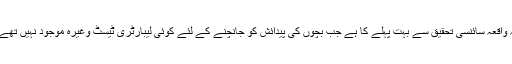
یہ واقعہ سائنسی تحقیق سے بہت پہلے کا ہے جب بچوں کی پیدائش کو جانچنے کے لئے کوئی لیبارٹری ٹیسٹ وغیرہ موجود نہیں تھے ۔